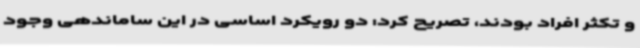
و تکثر افراد بودند، تصریح کرد: دو رویکرد اساسی در این ساماندهی وجود